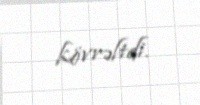
kövrəltdi.